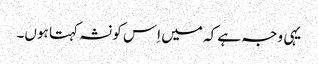
یہی وجہ ہے کہ میں اِس کو نشہ کہتا ہوں۔